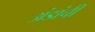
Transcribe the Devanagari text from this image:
अंडांची